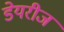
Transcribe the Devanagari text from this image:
डेयरीज